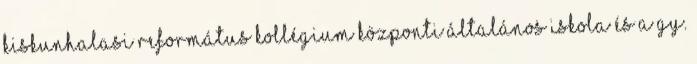
KISKUNHALASI REFORMÁTUS KOLLÉGIUM KÖZPONTI ÁLTALÁNOS ISKOLA és a GY.